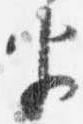
半